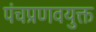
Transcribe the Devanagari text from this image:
पंचप्रणवयुक्त